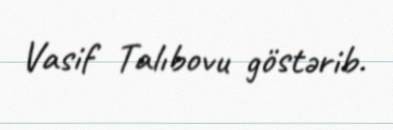
Vasif Talıbovu göstərib.